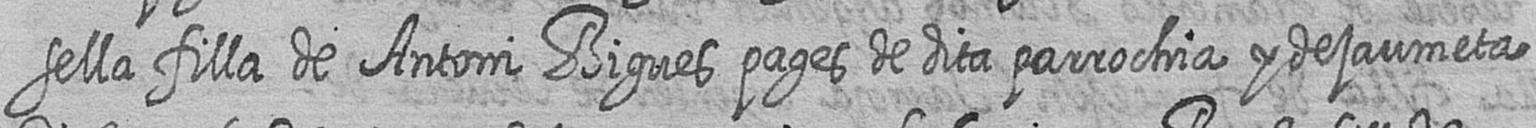
sella filla de Antoni Bigues pages de dita parrochia y de jaumeta